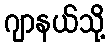
ဂျာနယ်သို့